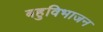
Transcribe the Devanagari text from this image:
बहुविभाजन